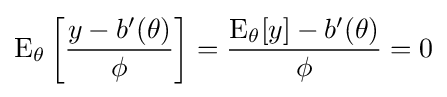
\operatorname {E} _{\theta }\left[{\frac {y-b'(\theta )}{\phi }}\right]={\frac {\operatorname {E} _{\theta }[y]-b'(\theta )}{\phi }}=0